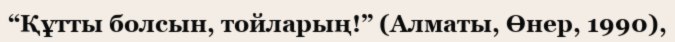
“Құтты болсын, тойларың!” (Алматы, Өнер, 1990),